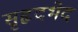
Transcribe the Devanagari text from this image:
सृहृदभेद